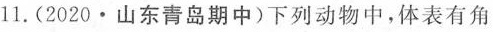
11.(2020·山东青岛期中)下列动物中，体表有角